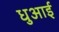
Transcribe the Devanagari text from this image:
धुआई